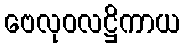
ဗေလုဝလဋ္ဌိကာယ